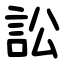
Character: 訟